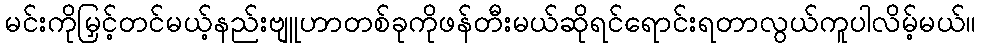
မင်းကိုမြှင့်တင်မယ့်နည်းဗျူဟာတစ်ခုကိုဖန်တီးမယ်ဆိုရင်ရောင်းရတာလွယ်ကူပါလိမ့်မယ်။